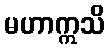
မဟာဣသိ